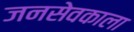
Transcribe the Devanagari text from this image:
जनसेवकाला